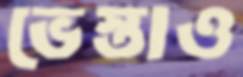
ভেস্তাও